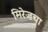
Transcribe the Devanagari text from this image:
मिरेजचा